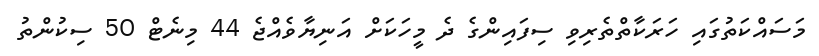
މަސައްކަތުގައި ހަރަކާތްތެރިވި ސިފައިންގެ ދެ މީހަކަށް އަނިޔާވެއްޖެ 44 މިނެޓް 50 ސިކުންތު